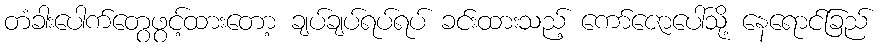
တံခါးပေါက်တွေဖွင့်ထားတော့ ချပ်ချပ်ရပ်ရပ် ခင်းထားသည့် ကော်ဇောပေါ်သို့ နေရောင်ခြည်